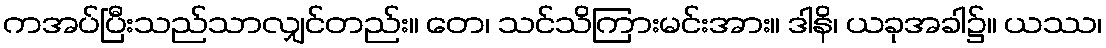
ကအပ်ပြီးသည်သာလျှင်တည်း။ တေ၊ သင်သိကြားမင်းအား။ ဒါနိ၊ ယခုအခါ၌။ ယဿ၊